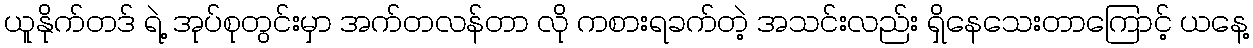
ယူနိုက်တဒ် ရဲ့ အုပ်စုတွင်းမှာ အက်တလန်တာ လို ကစားရခက်တဲ့ အသင်းလည်း ရှိနေသေးတာကြောင့် ယနေ့